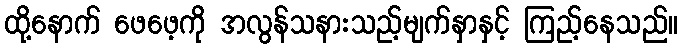
ထို့နောက် ဖေဖေ့ကို အလွန်သနားသည့်မျက်နှာနှင့် ကြည့်နေသည်။